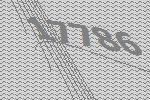
17786